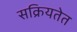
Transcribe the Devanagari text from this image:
सक्रियतेत